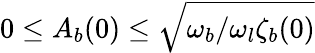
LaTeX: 0\leq A_{b}(0)\leq\sqrt{\omega_{b}/\omega_{l}\zeta_{b}(0)}